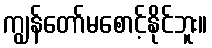
ကျွန်တော်မစောင့်နိုင်ဘူး။